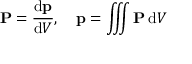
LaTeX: \mathbf { P } = { \frac { \mathrm { d } \mathbf { p } } { \mathrm { d } V } } , \quad \mathbf { p } = \iiint \mathbf { P } \, \mathrm { d } V